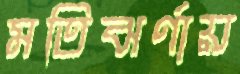
মতিঝর্ণায়